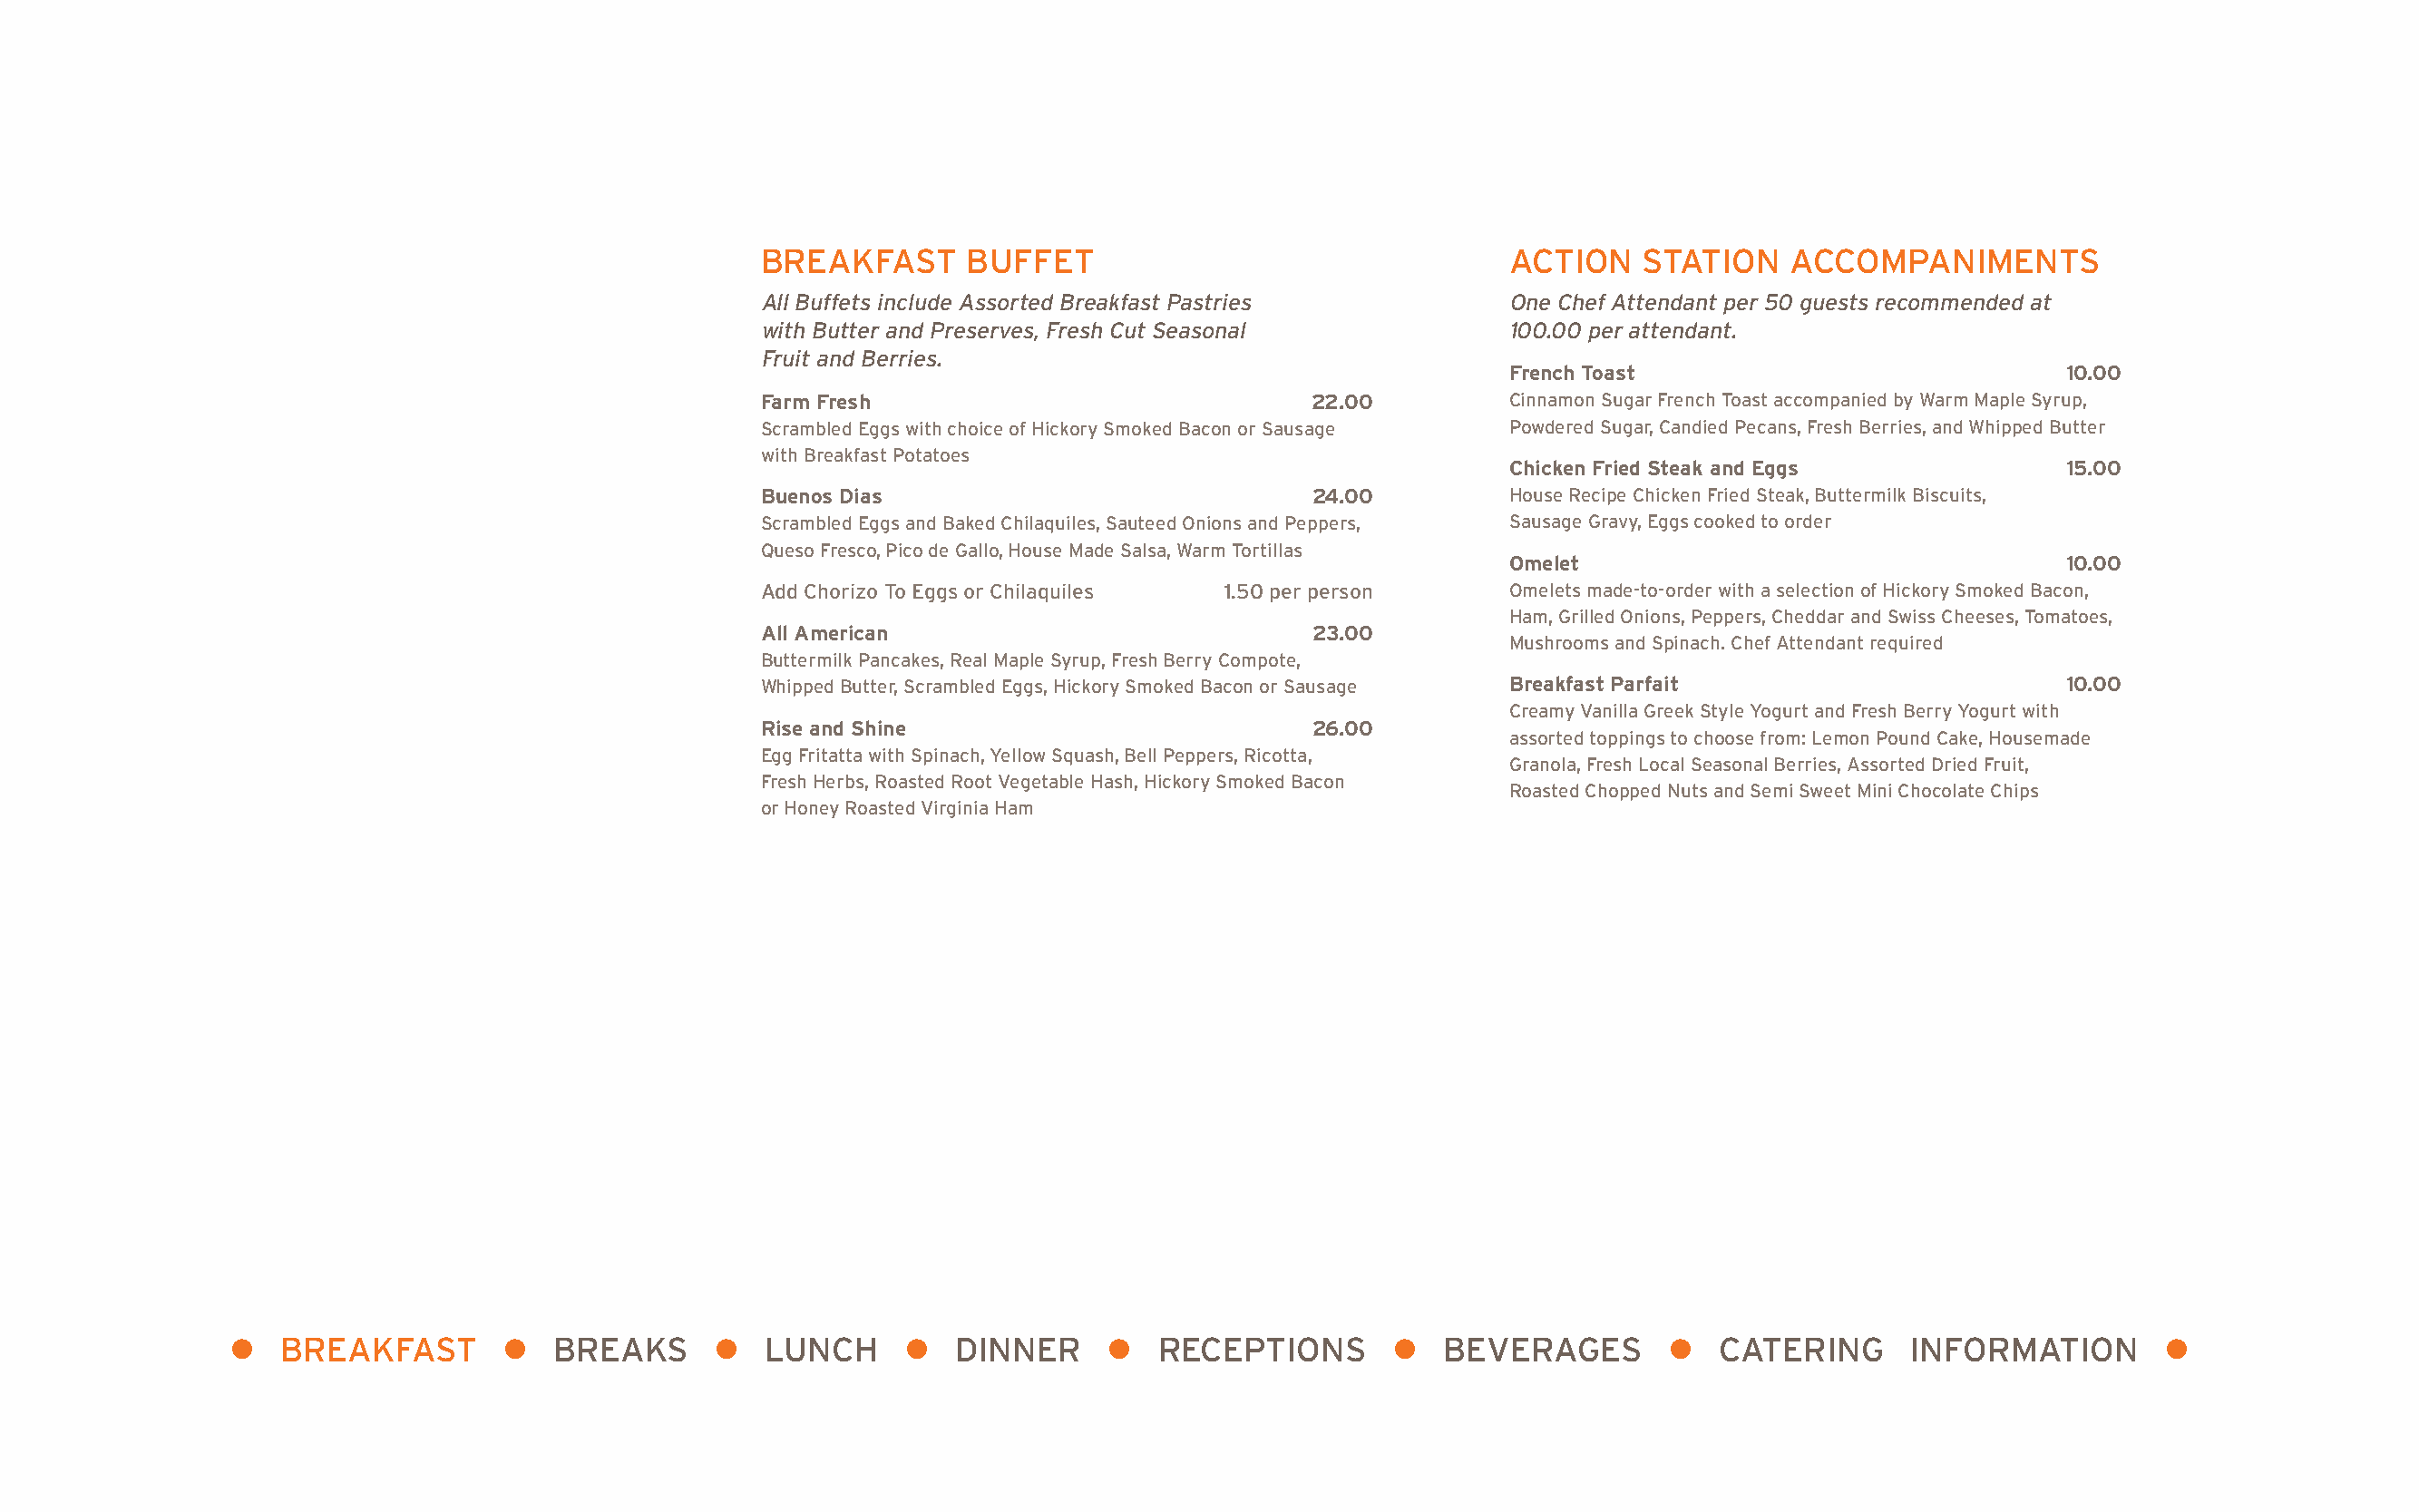
BREAKFAST      BUFFET                                 ACTION    STATION    ACCOMPANIMENTS
 All Buffets include Assorted Breakfast Pastries        One Chef Attendant per 50 guests recommended at
 with Butter and Preserves, Fresh Cut Seasonal          100.00 per attendant.
 Fruit and Berries.
 French Toast                             10.00
 Farm Fresh                              22.00         Cinnamon Sugar French Toast accompanied by Warm Maple Syrup,
 Scrambled Eggs with choice of Hickory Smoked Bacon or Sausage Powdered Sugar, Candied Pecans, Fresh Berries, and Whipped Butter
 with Breakfast Potatoes
 Chicken Fried Steak and Eggs             15.00
 Buenos Dias                             24.00         House Recipe Chicken Fried Steak, Buttermilk Biscuits,
 Scrambled Eggs and Baked Chilaquiles, Sauteed Onions and Peppers, Sausage Gravy, Eggs cooked to order
 Queso Fresco, Pico de Gallo, House Made Salsa, Warm Tortillas
 Omelet                                   10.00
 Add Chorizo To Eggs or Chilaquiles 1.50 per person    Omelets made-to-order with a selection of Hickory Smoked Bacon,
 Ham, Grilled Onions, Peppers, Cheddar and Swiss Cheeses, Tomatoes,
 All American                            23.00
 Mushrooms and Spinach. Chef Attendant required
 Buttermilk Pancakes, Real Maple Syrup, Fresh Berry Compote,
 Whipped Butter, Scrambled Eggs, Hickory Smoked Bacon or Sausage Breakfast Parfait              10.00
 Creamy Vanilla Greek Style Yogurt and Fresh Berry Yogurt with
 Rise and Shine                          26.00
 assorted toppings to choose from: Lemon Pound Cake, Housemade
 Egg Fritatta with Spinach, Yellow Squash, Bell Peppers, Ricotta,
 Granola, Fresh Local Seasonal Berries, Assorted Dried Fruit,
 Fresh Herbs, Roasted Root Vegetable Hash, Hickory Smoked Bacon
 Roasted Chopped Nuts and Semi Sweet Mini Chocolate Chips
 or Honey Roasted Virginia Ham
 l  BREAKFAST        l  BREAKS      l   LUNCH     l   DINNER     l   RECEPTIONS       l  BEVERAGES        l  CATERING      INFORMATION        l